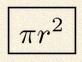
\pi r^2